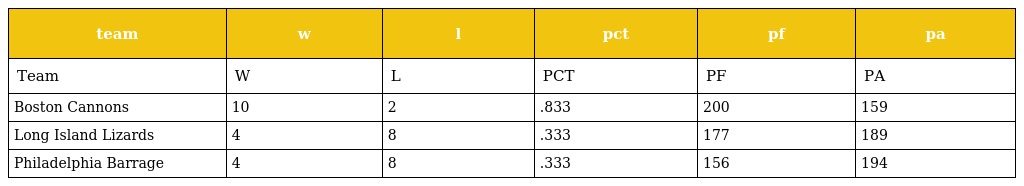
| team | w | l | pct | pf | pa |
 | --- | --- | --- | --- | --- | --- |
 | Team | W | L | PCT | PF | PA |
 | Boston Cannons | 10 | 2 | .833 | 200 | 159 |
 | Long Island Lizards | 4 | 8 | .333 | 177 | 189 |
 | Philadelphia Barrage | 4 | 8 | .333 | 156 | 194 |